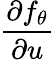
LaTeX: \frac{\partial f_{\theta}}{\partial u}